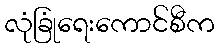
လုံခြုံရေးကောင်စီက